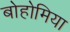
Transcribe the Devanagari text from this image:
बोहोमिया